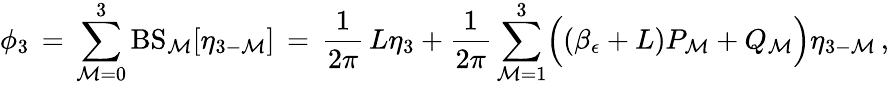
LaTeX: \phi_{3}\, =\, \sum_{\mathcal{M}=0}^{3}\mathrm{{BS}}_{\mathcal{M}}[\eta_{3-\mathcal{M}}]\, =\, \frac{{1}}{{2\pi}}\, L\eta_{3}+\frac{{1}}{{2\pi}}\sum_{\mathcal{M}=1}^{3}\Bigl((\beta_{\epsilon}+L)P_{\mathcal{M}}+Q_{\mathcal{M}}\Bigr)\eta_{3-\mathcal{M}}\, ,